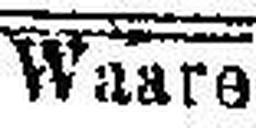
Waare